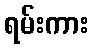
ရမ်းကား